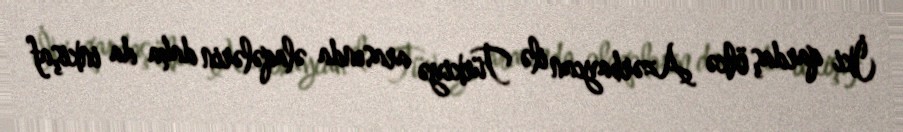
İki qardaş ölkə Azərbaycan ilə Türkiyə arasında əlaqələrin daha da inkişaf